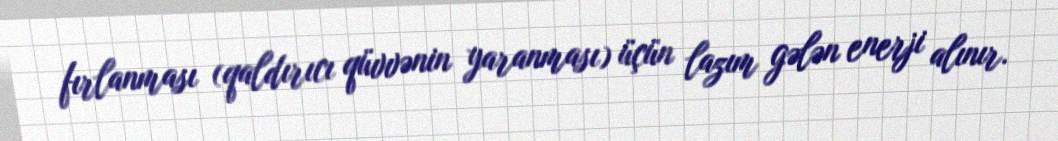
fırlanması (qaldırıcı qüvvənin yaranması) üçün lazım gələn enerji alınır.